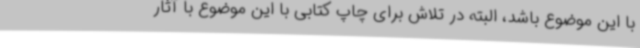
با این موضوع باشد، ‌البته در تلاش برای چاپ کتابی با این موضوع با آثار